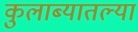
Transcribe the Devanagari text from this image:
कुलाब्यातल्या